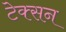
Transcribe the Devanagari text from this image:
टेक्सन